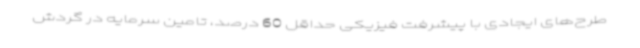
طرح‌های ایجادی با پیشرفت فیزیکی حداقل 60 درصد، تامین سرمایه در گردش